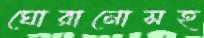
ঘোরানোসহ